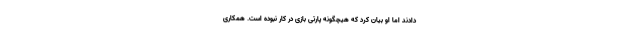
دادند اما او بیان کرد که هیچگونه پارتی بازی در کار نبوده است. همکاری